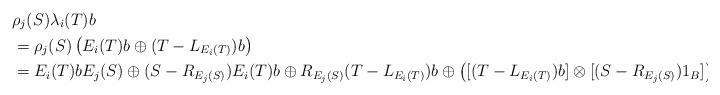
LaTeX: \begin{align*}& \rho_j(S) \lambda_i(T)b \\&= \rho_j(S) \left( E_{i}(T)b \oplus (T-L_{E_i(T)})b \right) \\&= E_{i}(T)b E_j(S) \oplus (S-R_{E_j(S)})E_{i}(T)b \oplus R_{E_j(S)} (T-L_{E_i(T)})b \oplus \left([(T-L_{E_{i}(T)})b] \otimes [(S-R_{E_j(S)}) 1_B] \right).\end{align*}